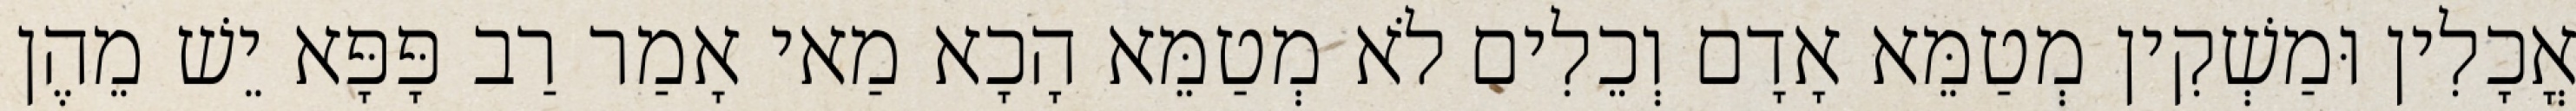
אֳכָלִין וּמַשְׁקִין מְטַמֵּא אָדָם וְכֵלִים לֹא מְטַמֵּא הָכָא מַאי אָמַר רַב פָּפָּא יֵשׁ מֵהֶן